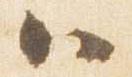
ハ